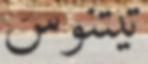
تيتنوس